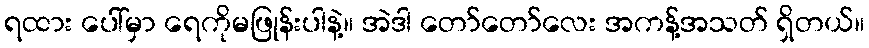
ရထား ပေါ်မှာ ရေကိုမဖြုန်းပါနဲ့။ အဲဒါ တော်တော်လေး အကန့်အသတ် ရှိတယ်။